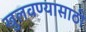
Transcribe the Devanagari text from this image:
खुलवण्यासाठी